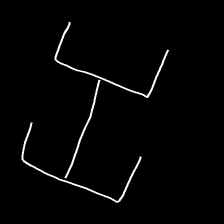
Glyph: entwine